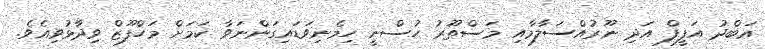
ޢަބްދު އަފީފް އަދި ނޫރުއްސަލާމާއި މަސްތޫރު ހުސްނީ ހިމެނިވަޑައިގަންނަވާ ކަމަށް މަހްފޫޒް ވިދާޅުވިއެވެ.